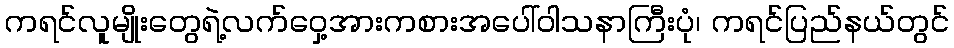
ကရင်လူမျိုးတွေရဲ့လက်ဝှေ့အားကစားအပေါ်ဝါသနာကြီးပုံ၊ ကရင်ပြည်နယ်တွင်